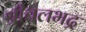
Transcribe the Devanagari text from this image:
श्रीबलभद्र